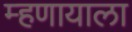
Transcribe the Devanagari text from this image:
म्हणायाला